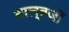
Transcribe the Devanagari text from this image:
बाल्बजों